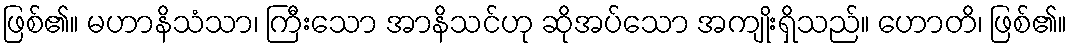
ဖြစ်၏။ မဟာနိသံသာ၊ ကြီးသော အာနိသင်ဟု ဆိုအပ်သော အကျိုးရှိသည်။ ဟောတိ၊ ဖြစ်၏။